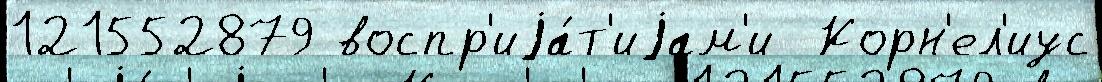
121552879 воспр'иjа́т'иjам'и  Корн'ел'иус